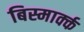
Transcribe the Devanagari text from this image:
बिस्मार्क्क